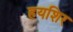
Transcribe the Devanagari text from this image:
हयशिर